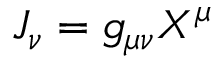
J _ { \nu } = g _ { \mu \nu } X ^ { \mu }